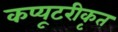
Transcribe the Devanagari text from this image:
कप्यूटरीकृत